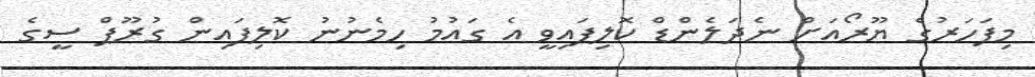
މިފަހަރުގެ ޔޫރޯއަށް ނެދަލެންޑް ކޮލިފައިވީ އެ ގައުމު ހިމެނުނު ކޮލިފައިން ގުރޫޕް ސީގެ